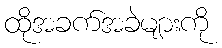
ထိုအခက်အခဲများကို